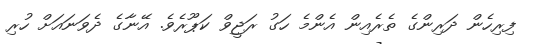
ފިރިހެން ދަރިންގެ ތެރެއިން އެންމެ ހަގު ރަޖީވް ކަޕޫރެވެ. އޭނާގެ ދެވަނައަށް ހުރި